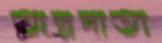
অন্নদাতা